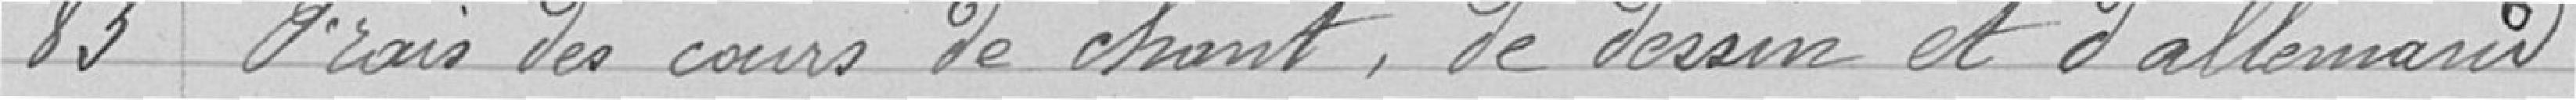
83 Frais des cours de chant, de dessin et d'allemand